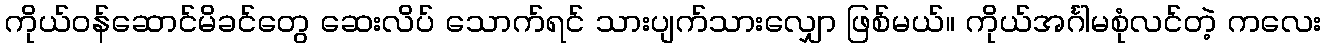
ကိုယ်ဝန်ဆောင်မိခင်တွေ ဆေးလိပ် သောက်ရင် သားပျက်သားလျှော ဖြစ်မယ်။ ကိုယ်အင်္ဂါမစုံလင်တဲ့ ကလေး